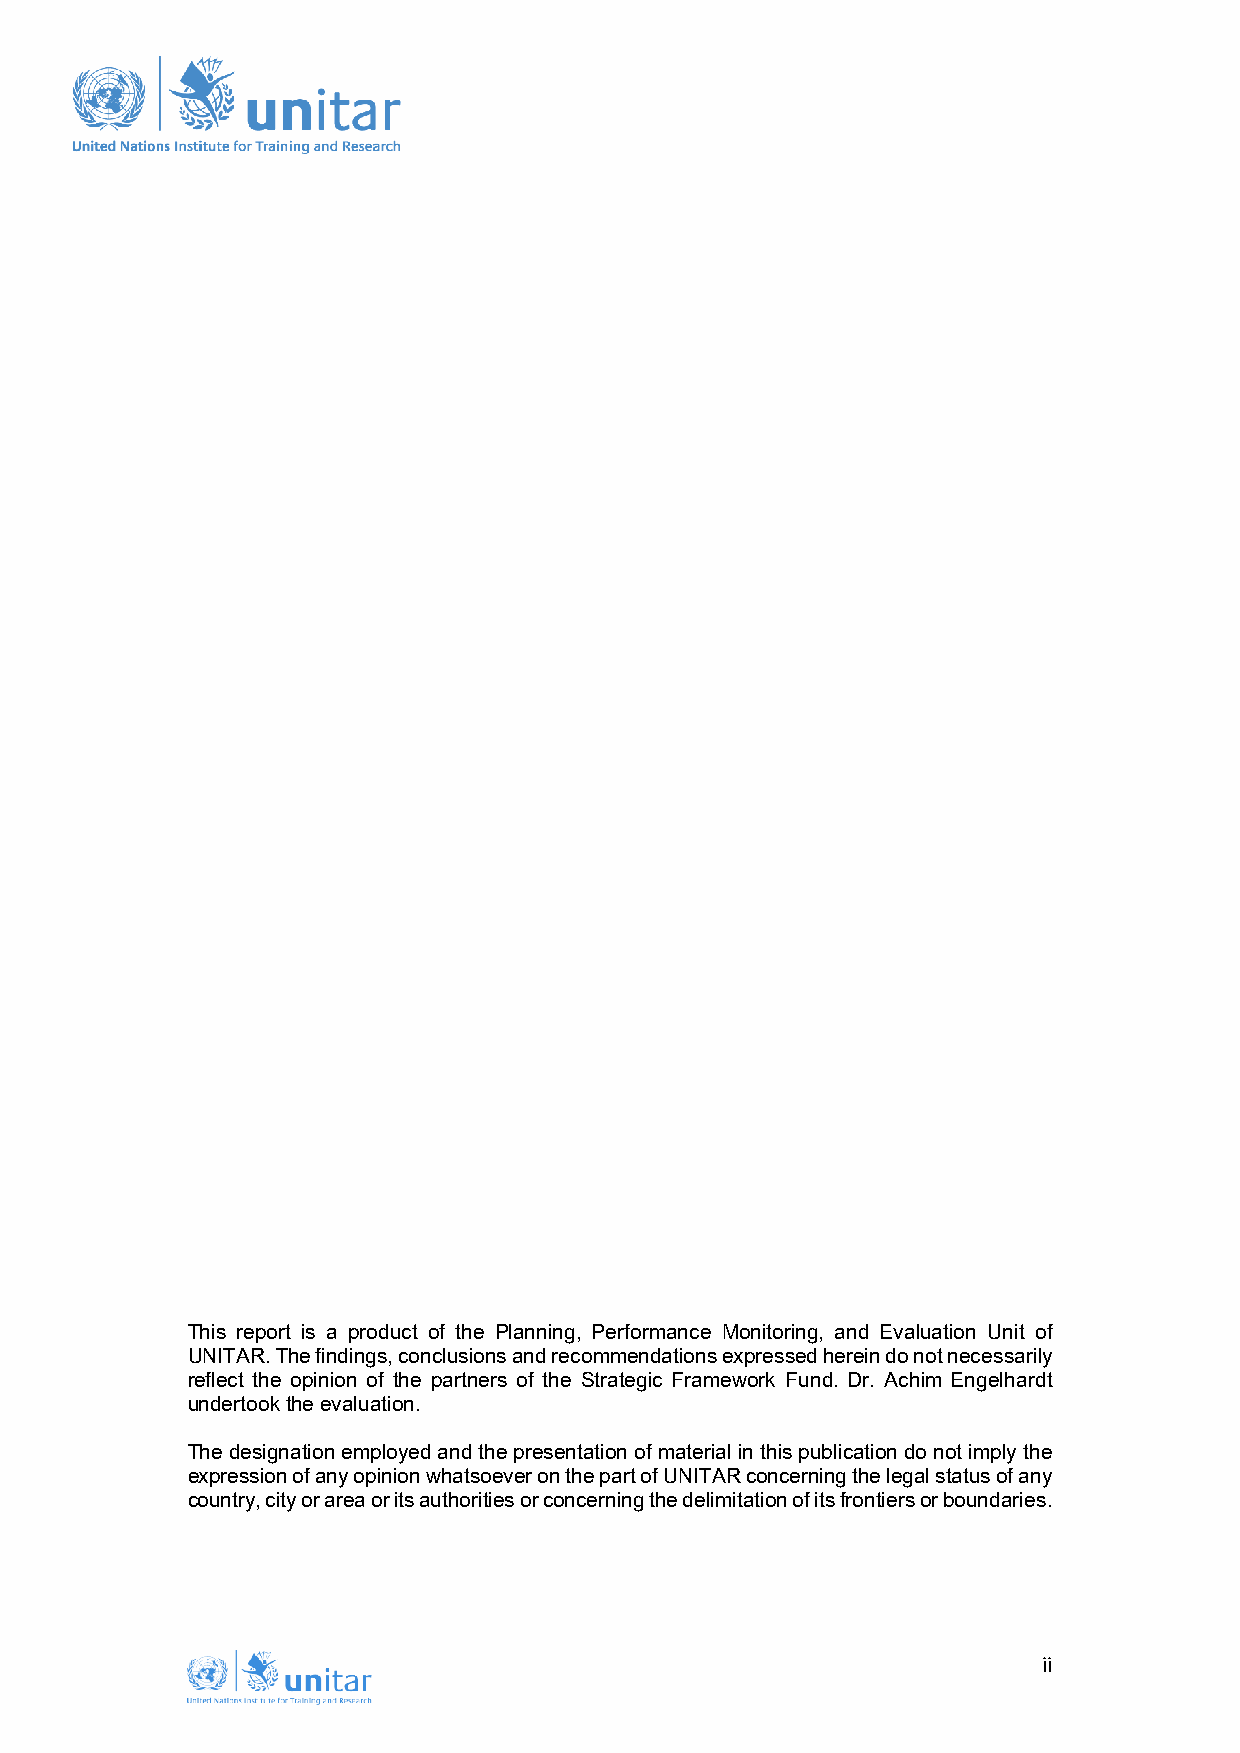
This report is a product of the Planning, Performance Monitoring, and Evaluation Unit of
 UNITAR. The findings, conclusions and recommendations expressed herein do not necessarily
 reflect the opinion of the partners of the Strategic Framework Fund. Dr. Achim Engelhardt
 undertook the evaluation.
 The designation employed and the presentation of material in this publication do not imply the
 expression of any opinion whatsoever on the part of UNITAR concerning the legal status of any
 country, city or area or its authorities or concerning the delimitation of its frontiers or boundaries.
 ii